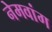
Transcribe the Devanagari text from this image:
नेमवांग